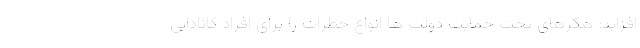
افزاید: هکرهای تحت حمایت دولت ها انواع خطرات را برای افراد کانادایی